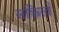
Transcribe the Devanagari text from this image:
सकिर्ल